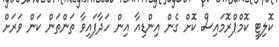
ކޮލިޓީ ކޮމްޕްރޮމައިސް ކޮށް ގެން އިންޑިއާ އިން ހަދާފައިވާ ތަންތަން ކަން ވަރަށް